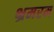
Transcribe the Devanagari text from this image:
भ्रमरम